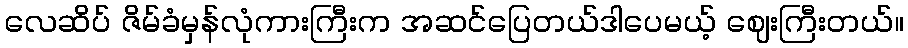
လေဆိပ် ဇိမ်ခံမှန်လုံကားကြီးက အဆင်ပြေတယ်ဒါပေမယ့် ဈေးကြီးတယ်။